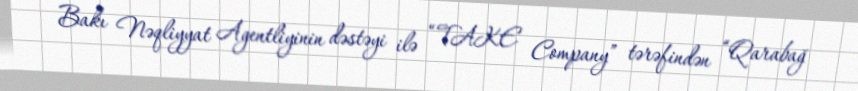
Bakı Nəqliyyat Agentliyinin dəstəyi ilə “TAKE Company” tərəfindən “Qarabağ